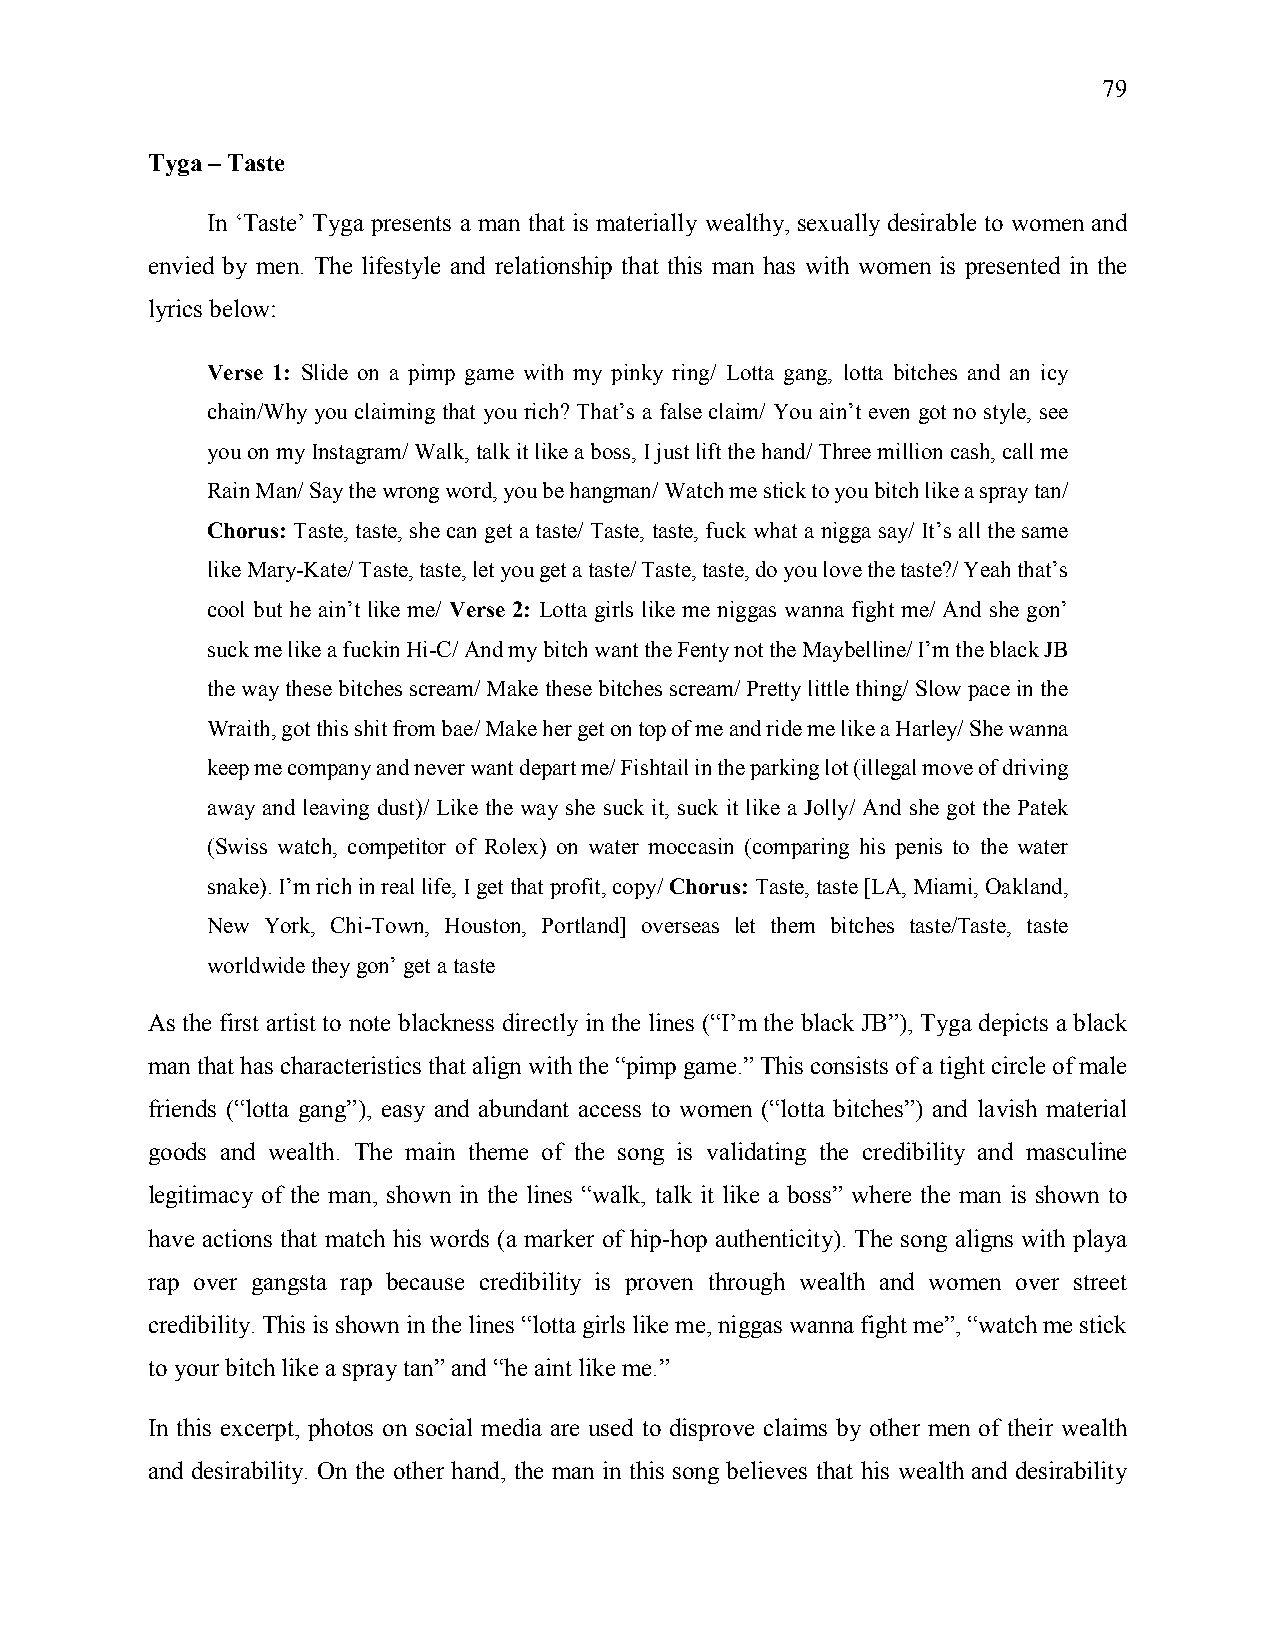
79
 Tyga – Taste
 In ‘Taste’ Tyga presents a man that is materially wealthy, sexually desirable to women and
 envied by men. The lifestyle and relationship that this man has with women is presented in the
 lyrics below:
 Verse 1: Slide on a pimp game with my pinky ring/ Lotta gang, lotta bitches and an icy
 chain/Why you claiming that you rich? That’s a false claim/ You ain’t even got no style, see
 you on my Instagram/ Walk, talk it like a boss, I just lift the hand/ Three million cash, call me
 Rain Man/ Say the wrong word, you be hangman/ Watch me stick to you bitch like a spray tan/
 Chorus: Taste, taste, she can get a taste/ Taste, taste, fuck what a nigga say/ It’s all the same
 like Mary-Kate/ Taste, taste, let you get a taste/ Taste, taste, do you love the taste?/ Yeah that’s
 cool but he ain’t like me/ Verse 2: Lotta girls like me niggas wanna fight me/ And she gon’
 suck me like a fuckin Hi-C/ And my bitch want the Fenty not the Maybelline/ I’m the black JB
 the way these bitches scream/ Make these bitches scream/ Pretty little thing/ Slow pace in the
 Wraith, got this shit from bae/ Make her get on top of me and ride me like a Harley/ She wanna
 keep me company and never want depart me/ Fishtail in the parking lot (illegal move of driving
 away and leaving dust)/ Like the way she suck it, suck it like a Jolly/ And she got the Patek
 (Swiss watch, competitor of Rolex) on water moccasin (comparing his penis to the water
 snake). I’m rich in real life, I get that profit, copy/ Chorus: Taste, taste [LA, Miami, Oakland,
 New York, Chi-Town, Houston, Portland] overseas let them bitches taste/Taste, taste
 worldwide they gon’ get a taste
 As the first artist to note blackness directly in the lines (“I’m the black JB”), Tyga depicts a black
 man that has characteristics that align with the “pimp game.” This consists of a tight circle of male
 friends (“lotta gang”), easy and abundant access to women (“lotta bitches”) and lavish material
 goods and wealth. The main theme of the song is validating the credibility and masculine
 legitimacy of the man, shown in the lines “walk, talk it like a boss” where the man is shown to
 have actions that match his words (a marker of hip-hop authenticity). The song aligns with playa
 rap over gangsta rap because credibility is proven through wealth and women over street
 credibility. This is shown in the lines “lotta girls like me, niggas wanna fight me”, “watch me stick
 to your bitch like a spray tan” and “he aint like me.”
 In this excerpt, photos on social media are used to disprove claims by other men of their wealth
 and desirability. On the other hand, the man in this song believes that his wealth and desirability